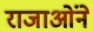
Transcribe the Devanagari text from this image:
राजाओंने